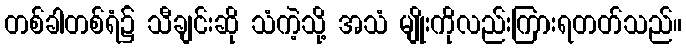
တစ်ခါတစ်ရံ၌ သီချင်းဆို သံကဲ့သို့ အသံ မျိုးကိုလည်းကြားရတတ်သည်။